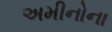
અમીનોના